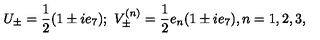
U _ { \pm } = \frac { 1 } { 2 } ( 1 \pm i e _ { 7 } ) ; \ V _ { \pm } ^ { ( n ) } = \frac { 1 } { 2 } e _ { n } ( 1 \pm i e _ { 7 } ) , n = 1 , 2 , 3 ,